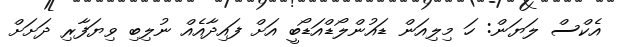
އެކްސް ލަޔަން: ހަ މިލިއަން ޑައުންލޯޑްއަޑޯބީ އަށް ފައިދާއެއް ނުލިބި ވިޔަފާރި ދަށަށް